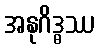
အနုဂိဒ္ဓဿ